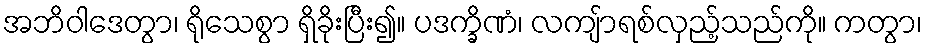
အဘိဝါဒေတွာ၊ ရိုသေစွာ ရှိခိုးပြီး၍။ ပဒက္ခိဏံ၊ လကျ်ာရစ်လှည့်သည်ကို။ ကတွာ၊